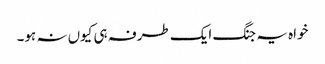
خواہ یہ جنگ ایک طرفہ ہی کیوں نہ ہو۔